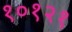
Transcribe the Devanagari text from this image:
१०१२१